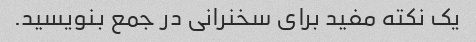
یک نکته مفید برای سخنرانی در جمع بنویسید.